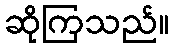
ဆိုကြသည်။